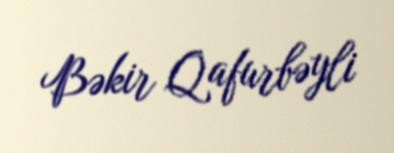
Bəkir Qafurbəyli